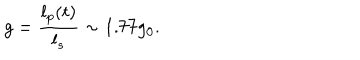
g = \frac { l _ { p } ( t ) } { l _ { s } } \sim 1 . 7 7 g _ { 0 } .